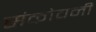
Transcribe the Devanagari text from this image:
संकोचनी